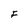
Character: F